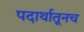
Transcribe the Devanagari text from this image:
पदार्थातूनच